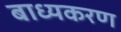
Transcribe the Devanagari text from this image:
बाध्यकरण